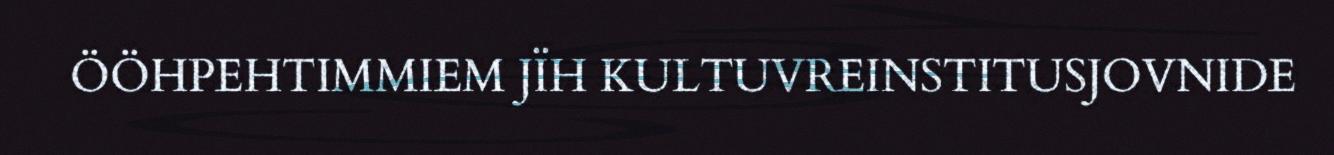
ÖÖHPEHTIMMIEM JÏH KULTUVREINSTITUSJOVNIDE